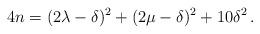
LaTeX: \begin{align*}4n=(2\lambda -\delta)^2+(2\mu -\delta)^2+10\delta^2 \, .\end{align*}